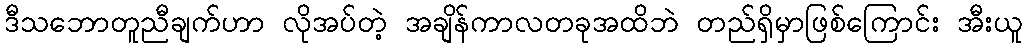
ဒီသဘောတူညီချက်ဟာ လိုအပ်တဲ့ အချိန်ကာလတခုအထိဘဲ တည်ရှိမှာဖြစ်ကြောင်း အီးယူ